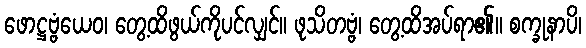
ဖောဋ္ဌဗ္ဗံယေဝ၊ တွေ့ထိဖွယ်ကိုပင်လျှင်။ ဖုသိတဗ္ဗံ၊ တွေ့ထိအပ်ရာ၏။ စက္ခုနာပိ၊